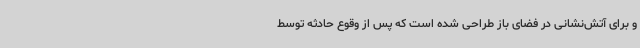
و برای آتش‌نشانی در فضای باز طراحی شده است که پس از وقوع حادثه توسط